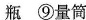
瓶 ⑨量筒